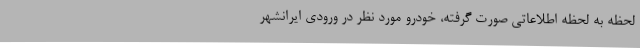
لحظه به لحظه اطلاعاتی صورت گرفته، خودرو مورد نظر در ورودی ایرانشهر